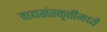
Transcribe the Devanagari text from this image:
वाद्यसंस्कृतीमध्ये